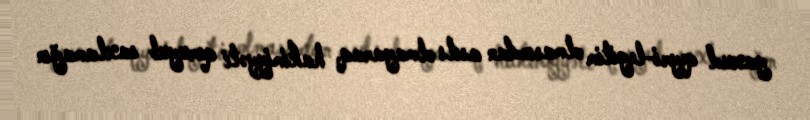
yaxud qeyri-legitim olmasından asılı olmayaraq, hakimiyyəti qoruyub saxlamağın